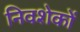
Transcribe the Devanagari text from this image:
निवशेकों